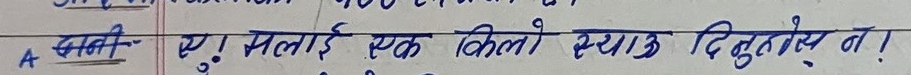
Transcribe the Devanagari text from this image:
बानी- ऐ मलाई एक किलो स्याउ दिनुहोस् न!